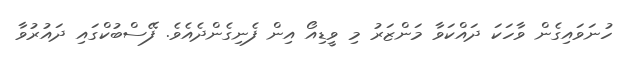
ހުނަވައިގެން ވާހަކަ ދައްކަވާ މަންޒަރު މި ވީޑިއޯ އިން ފެނިގެންދެއެވެ. ފޭސްބުކްގައި ދައުރުވާ